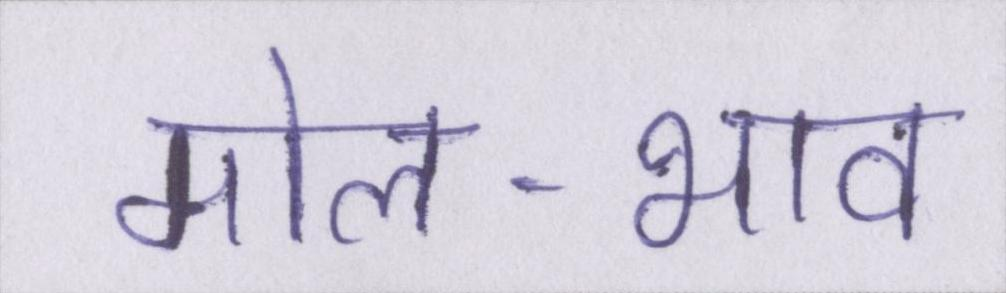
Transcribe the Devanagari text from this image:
मोल-भाव